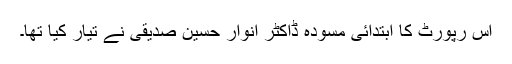
اس رپورٹ کا ابتدائی مسودہ ڈاکٹر انوار حسین صدیقی نے تیار کیا تھا۔